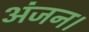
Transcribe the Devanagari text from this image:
अंजन।